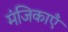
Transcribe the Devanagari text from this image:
मंजिकाएँ